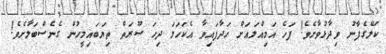
ކަލޭގެފާނު ވިދާޅުވާށެވެ! ފަހެ އަމިއްލައަށް ހަދާފައިވާ އެކަހަލަ ދިހަ ސޫރަތް ތިޔަބައިމީހުން ގެނެސްބަލާށެވެ!